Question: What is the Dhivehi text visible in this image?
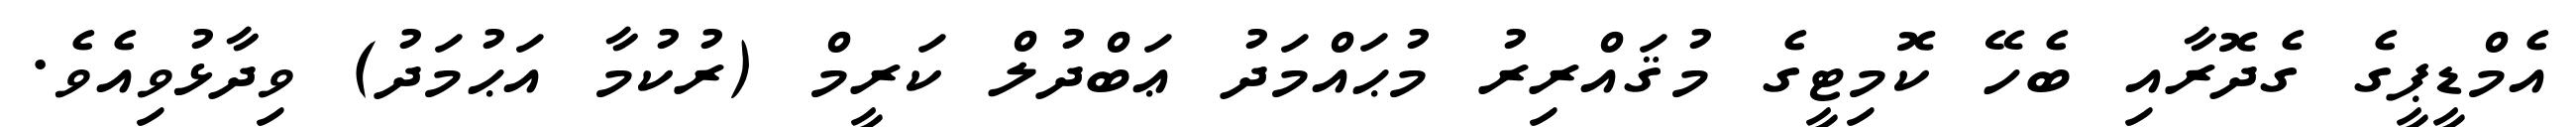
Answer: އެމްޑީޕީގެ ގެދޮރާއި ބެހޭ ކޮމިޓީގެ މުޤައްރިރު މުޙައްމަދު ޢަބްދުލް ކަރީމް (ރުކުމާ އަޙުމަދު) ވިދާޅުވިއެވެ.